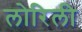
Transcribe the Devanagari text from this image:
लोरिली